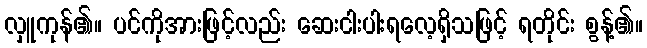
လှူကုန်၏။ ပင်ကိုအားဖြင့်လည်း ဆေးငါးပါးရလေ့ရှိသဖြင့် ရတိုင်း စွန့်၏။